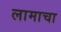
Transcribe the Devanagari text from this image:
लामाचा